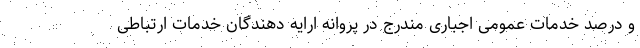
و درصد خدمات عمومی اجباری مندرج در پروانه ارایه دهندگان خدمات ارتباطی